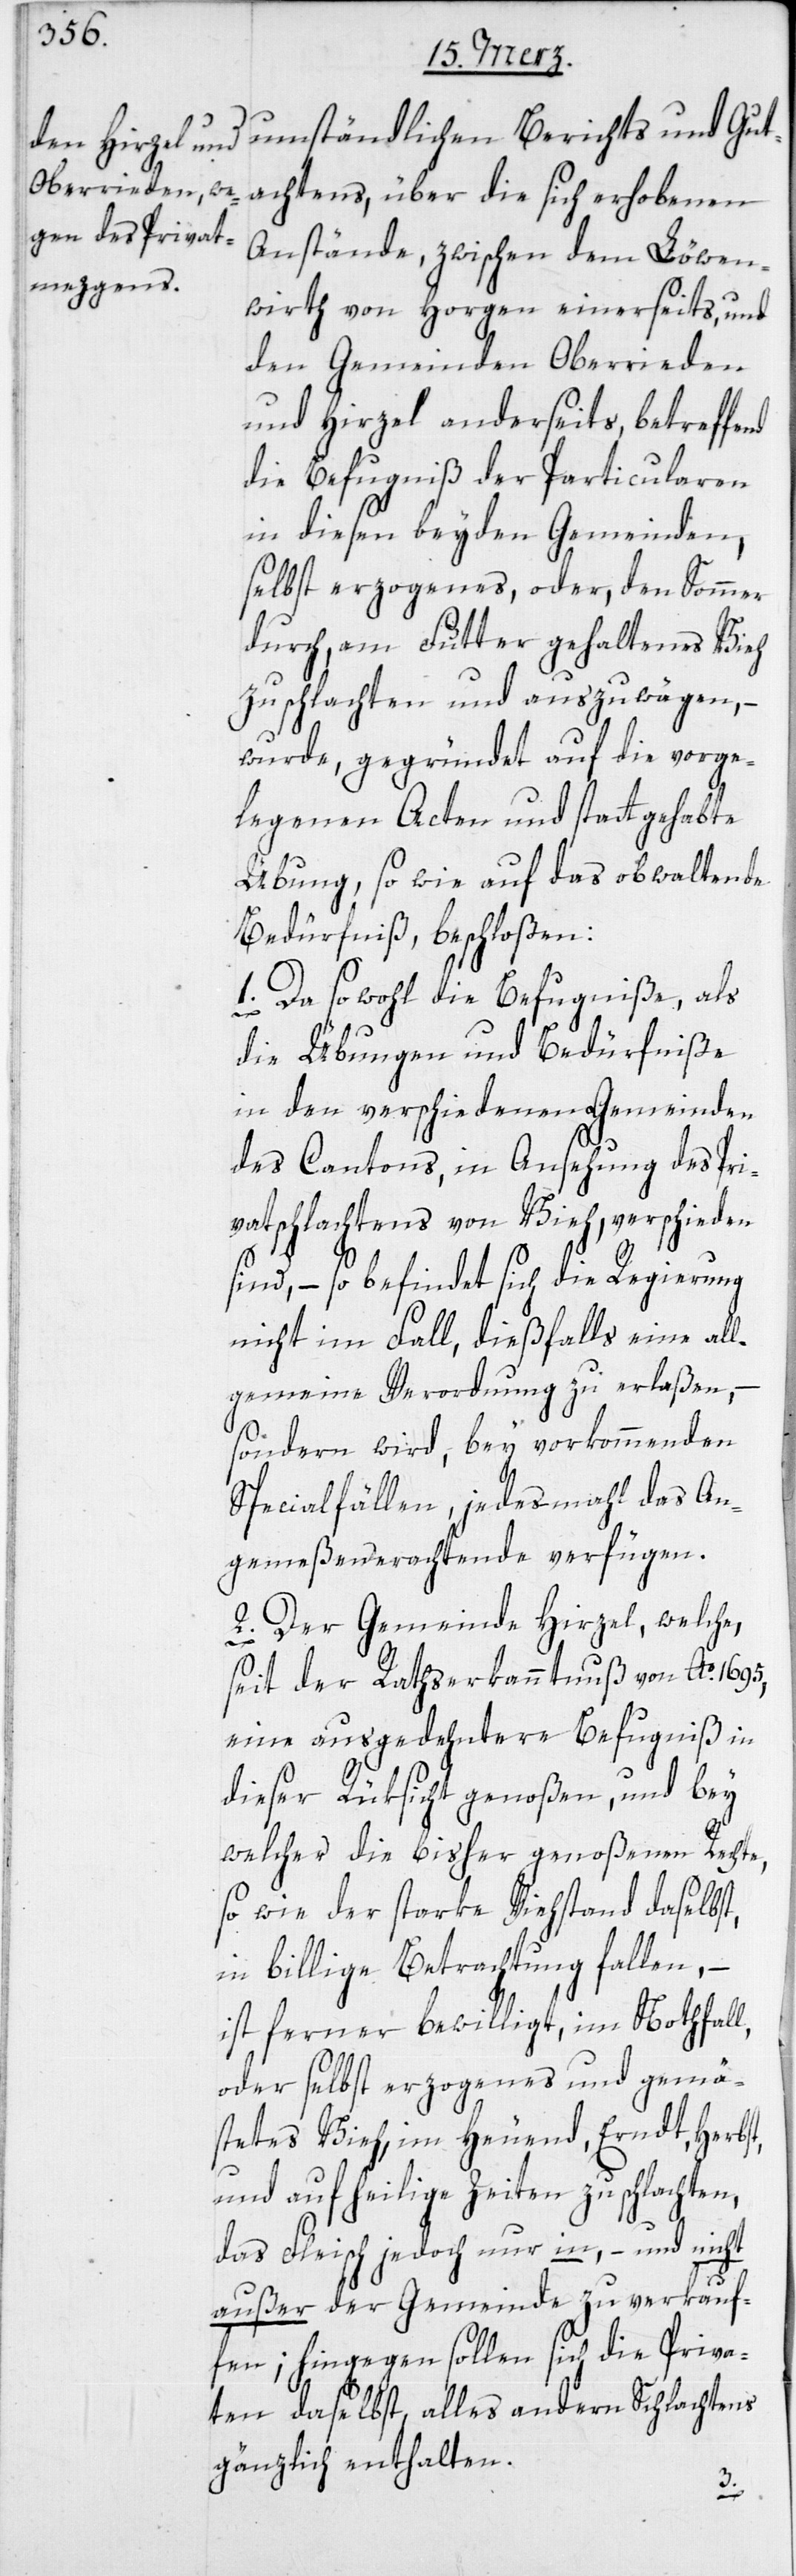
Berichts und Gutachtens, über die sich erhobenen
Anstände, zwischen dem Löwen¬
wirth von Horgen einerseits, und
den Gemeinden Oberrieden
und Hirzel anderseits, betreffe¬
die Befugniß der Particularen
in diesen beyden Gemeinden,
selbst erzogenes, oder, den Sommer
durch, am Futter gehaltenes Vieh
zu schlachten und auszuwägen, –
wurde, gegründet auf die vorge¬
legenen Acten und stattgehabte
Übung, sowie auf das obwaltende
Bedürfniß, beschloßen:
1. Da sowohl die Befugniße, als
die Übungen und Bedürfniße
in den verschiedenen Gemeinden
des Cantons, in Ansehung des Pri¬
vatschlachtens von Vieh, verschieden
sind, – so befindet sich die Regierung
nicht im Fall, dießfalls eine all¬
gemeine Verordnung zu erlaßen, –
sondern wird, bey vorkommenden
Specialfällen, jedes Mahl das an¬
gemeßen Erachtende verfügen.
2. Der Gemeinde Hirzel, welche
seit der Rathserkanntnuß von Ao. 1695,
eine ausgedehntere Befugniß in
dieser Rüksicht genoßen, und bey
welcher die bisher genoßenen Rechte,
sowie der starke Viehstand daselbst,
in billige Betrachtung fallen, –
ist ferner bewilligt, im Nothfall,
oder selbst erzogenes und gemä¬
stetes Vieh, im Heuend, Erndt, Herbst,
und auf heilige Zeiten zu schlachte¬
das Fleisch jedoch nur in, – und nicht
außer der Gemeinde zu verkauf¬
fen; hingegen sollen sich die Priva¬
ten daselbst, alles andern Schlachtens
gänzlich enthalten.
n,